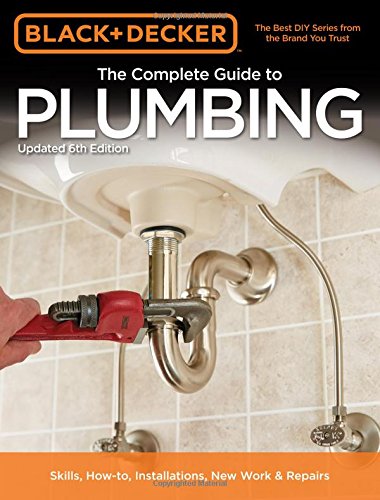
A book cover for Black & Decker The Complete Guide to Plumbing, 6th edition (Black & Decker Complete Guide); Editors of Cool Springs Press; Engineering & Transportation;